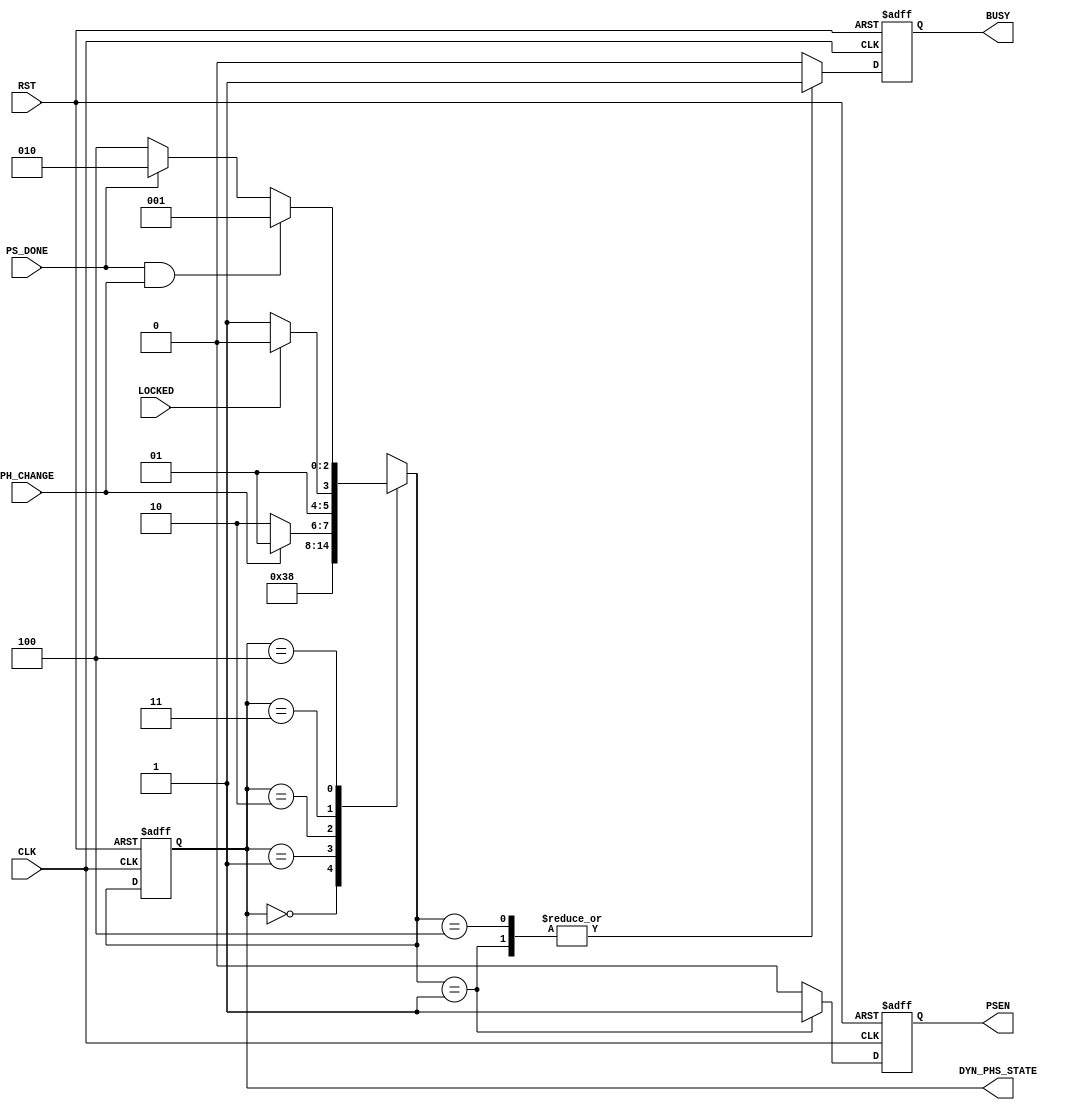

// Created by fizzim_tmr.pl version $Revision: 4.44 on 2014:08:25 at 17:28:09 (www.fizzim.com)

module dyn_phase_shift_FSM (
  output reg BUSY,
  output reg PSEN,
  output wire [2:0] DYN_PHS_STATE,
  input CLK,
  input LOCKED,
  input PH_CHANGE,
  input PS_DONE,
  input RST 
);

  // state bits
  parameter 
  Idle      = 3'b000, 
  Inc_Dec   = 3'b001, 
  Standby   = 3'b010, 
  W4Lock    = 3'b011, 
  W4_PSDone = 3'b100; 

  reg [2:0] state;

  assign DYN_PHS_STATE = state;

  reg [2:0] nextstate;


  // comb always block
  always @* begin
    nextstate = 3'bxxx; // default to x because default_state_is_x is set
    case (state)
      Idle     :                                 nextstate = W4Lock;
      Inc_Dec  :                                 nextstate = W4_PSDone;
      Standby  : if      (PH_CHANGE)             nextstate = Inc_Dec;
                 else                            nextstate = Standby;
      W4Lock   : if      (LOCKED)                nextstate = Standby;
                 else                            nextstate = W4Lock;
      W4_PSDone: if      (PS_DONE && PH_CHANGE)  nextstate = Inc_Dec;
                 else if (PS_DONE)               nextstate = Standby;
                 else                            nextstate = W4_PSDone;
    endcase
  end

  // Assign reg'd outputs to state bits

  // sequential always block
  always @(posedge CLK or posedge RST) begin
    if (RST)
      state <= Idle;
    else
      state <= nextstate;
  end

  // datapath sequential always block
  always @(posedge CLK or posedge RST) begin
    if (RST) begin
      BUSY <= 0;
      PSEN <= 0;
    end
    else begin
      BUSY <= 0; // default
      PSEN <= 0; // default
      case (nextstate)
        Inc_Dec  : begin
                          BUSY <= 1;
                          PSEN <= 1;
        end
        W4_PSDone:        BUSY <= 1;
      endcase
    end
  end

  // This code allows you to see state names in simulation
  `ifndef SYNTHESIS
  reg [71:0] statename;
  always @* begin
    case (state)
      Idle     : statename = "Idle";
      Inc_Dec  : statename = "Inc_Dec";
      Standby  : statename = "Standby";
      W4Lock   : statename = "W4Lock";
      W4_PSDone: statename = "W4_PSDone";
      default  : statename = "XXXXXXXXX";
    endcase
  end
  `endif

endmodule